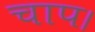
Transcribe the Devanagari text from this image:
चाप।